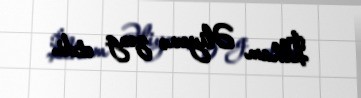
İlham Əliyevə zəng etdi.